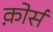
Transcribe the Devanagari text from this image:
क़ोर्स